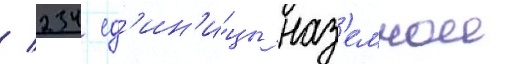
/ 234 ед'ин'и́цы наз'емнои